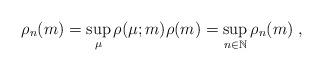
LaTeX: \begin{align*} \rho_n(m)=\sup_{\mu}\rho(\mu;m)\rho(m)=\sup_{n\in \mathbb{N}}\rho_n(m)\;, \end{align*}